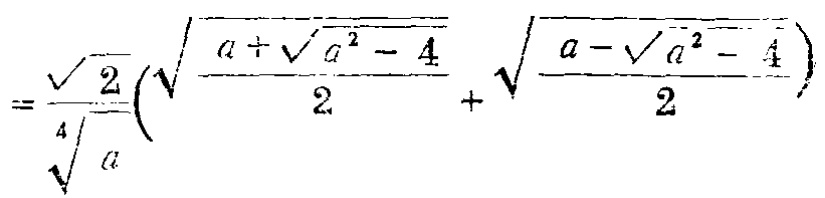
$=\frac{\sqrt{2}}{\sqrt[4]{a}}\left(\sqrt{\frac{a + \sqrt{a^{2} - 4}}{2}}+\sqrt{\frac{a - \sqrt{a^{2} - 4}}{2}}\right)$